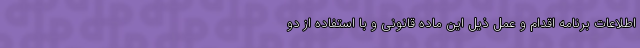
اطلاعات برنامه اقدام و عمل ذیل این ماده قانونی و با استفاده از دو